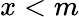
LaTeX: x<m